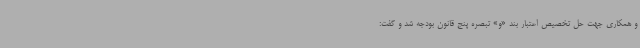
و همکاری جهت حل تخصیص اعتبار بند «و» تبصره پنج قانون بودجه شد و گفت: